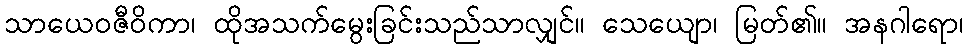
သာယေဝဇီဝိကာ၊ ထိုအသက်မွေးခြင်းသည်သာလျှင်။ သေယျော၊ မြတ်၏။ အနဂါရော၊